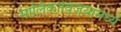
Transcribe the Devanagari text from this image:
मालिकाविजयामध्ये